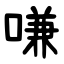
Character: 嗛